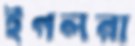
ইগলরা